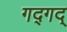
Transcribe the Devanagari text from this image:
गद्गद्